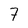
Character: 7